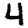
Digit: 4